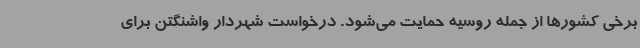
برخی کشورها از جمله روسیه حمایت می‌شود. درخواست شهردار واشنگتن برای